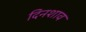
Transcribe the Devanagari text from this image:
दिनशाव